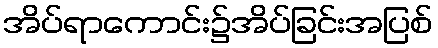
အိပ်ရာကောင်း၌အိပ်ခြင်းအပြစ်